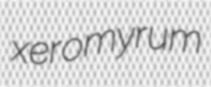
xeromyrum